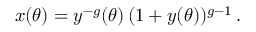
x ( \theta ) = y ^ { - g } ( \theta ) \, ( 1 + y ( \theta ) ) ^ { g - 1 } \, .